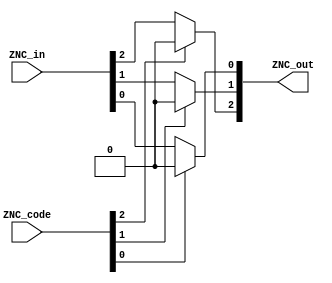
// Andrew Doucet
// Spencer Dugas

// CLR instruction
module CLR (ZNC_in, ZNC_code, ZNC_out);

    // I/O
    input [2:0] ZNC_in, ZNC_code;
    output [2:0] ZNC_out;

    // Assignments
    assign ZNC_out [2] = (ZNC_code[2])?(0):(ZNC_in [2]);
    assign ZNC_out [1] = (ZNC_code[1])?(0):(ZNC_in [1]);
    assign ZNC_out [0] = (ZNC_code[0])?(0):(ZNC_in [0]);

endmodule